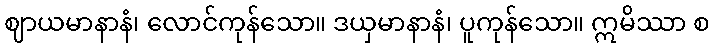
ဈာယမာနာနံ၊ လောင်ကုန်သော။ ဒယှမာနာနံ၊ ပူကုန်သော။ ဣမိဿာ စ